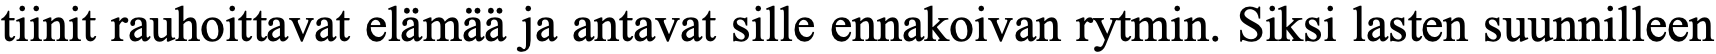
tiinit rauhoittavat elämää ja antavat sille ennakoivan rytmin. Siksi lasten suunnilleen